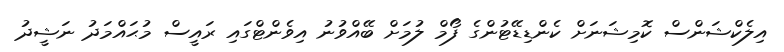
އިލެކްޝަންސް ކޮމިޝަނަށް ކެންޑިޑޭޓުންގެ ފޯމް ލުމަށް ބޭއްވުނު އިވެންޓްގައި ރައީސް މުޙައްމަދު ނަޝީދު